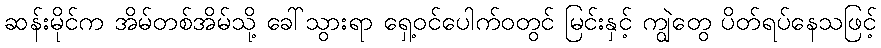
ဆန်းမိုင်က အိမ်တစ်အိမ်သို့ ခေါ်သွားရာ ရှေ့ဝင်ပေါက်ဝတွင် မြင်းနှင့် ကျွဲတွေ ပိတ်ရပ်နေသဖြင့်